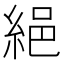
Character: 𦀕